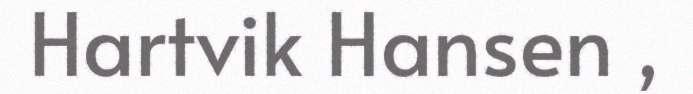
Hartvik Hansen ,